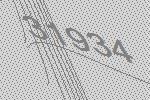
31934